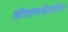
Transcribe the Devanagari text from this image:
ऑक्सफर्डमधील